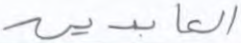
العابدين